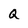
Character: Q